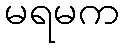
မရမက